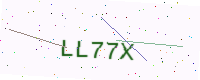
Text: LL77X